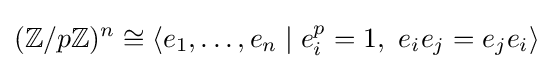
(\mathbb {Z} /p\mathbb {Z} )^{n}\cong \langle e_{1},\ldots ,e_{n}\mid e_{i}^{p}=1,\ e_{i}e_{j}=e_{j}e_{i}\rangle